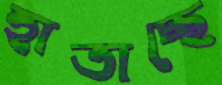
হাতাচ্ছে